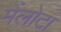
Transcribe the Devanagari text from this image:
मेंलोटा